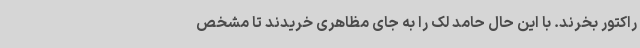
راکتور بخرند. با این‌ حال حامد لک را به‌ جای مظاهری خریدند تا مشخص